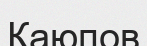
Каюпов